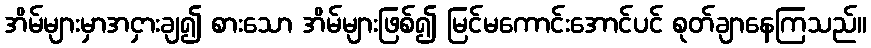
အိမ်များမှာအငှားချ၍ စားသော အိမ်များဖြစ်၍ မြင်မကောင်းအောင်ပင် စုတ်ချာနေကြသည်။